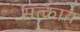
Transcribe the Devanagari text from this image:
सत्काय